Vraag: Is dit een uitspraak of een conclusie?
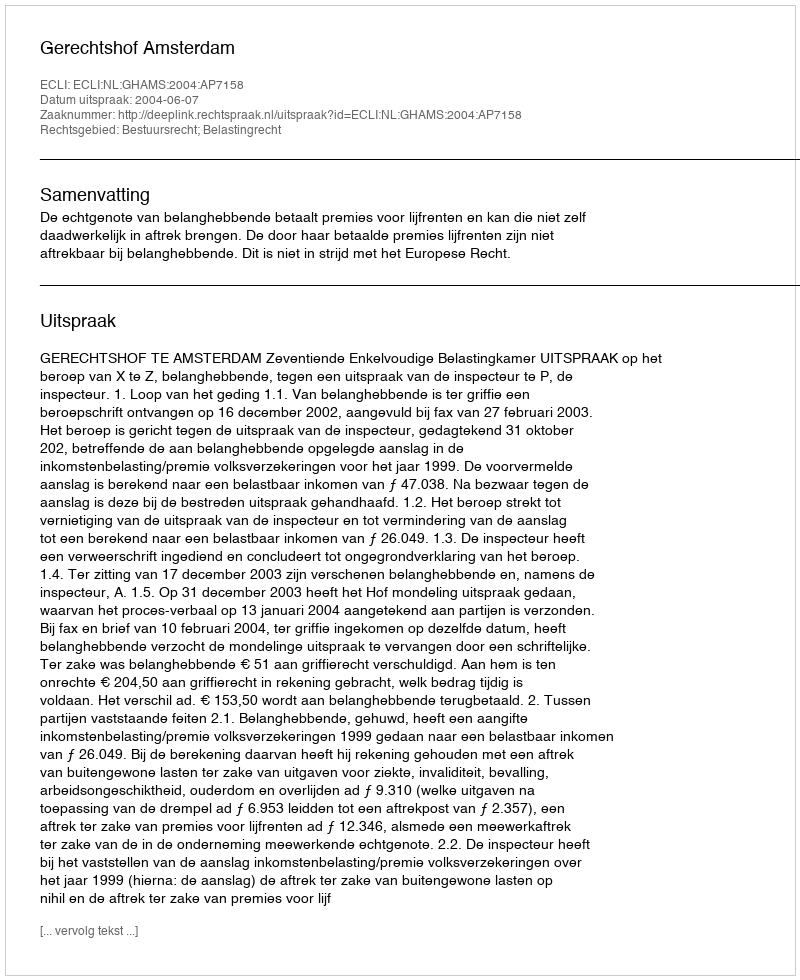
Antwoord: Uitspraak